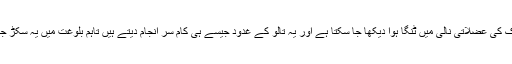
ان کو ناک کی عضلاتی نالی میں ٹنگا ہوا دیکھا جا سکتا ہے اور یہ تالو کے غدود جیسے ہی کام سر انجام دیتے ہیں تاہم بلوغت میں یہ سکڑ جاتے ہیں۔